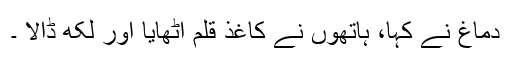
دماغ نے کہا، ہاتھوں نے کاغذ قلم اٹھایا اور لکھ ڈالا ۔